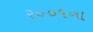
ર૦૦૧ના